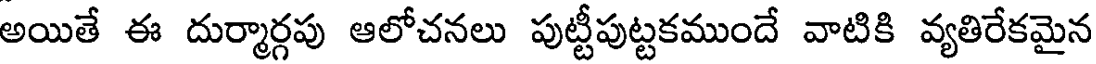
అయితే ఈ దుర్మార్గపు ఆలోచనలు పుట్టీపుట్టకముందే వాటికి వ్యతిరేకమైన